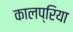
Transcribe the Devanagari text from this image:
कालप्रिया